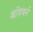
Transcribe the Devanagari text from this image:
वॉशबर्न